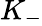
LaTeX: K_{-}